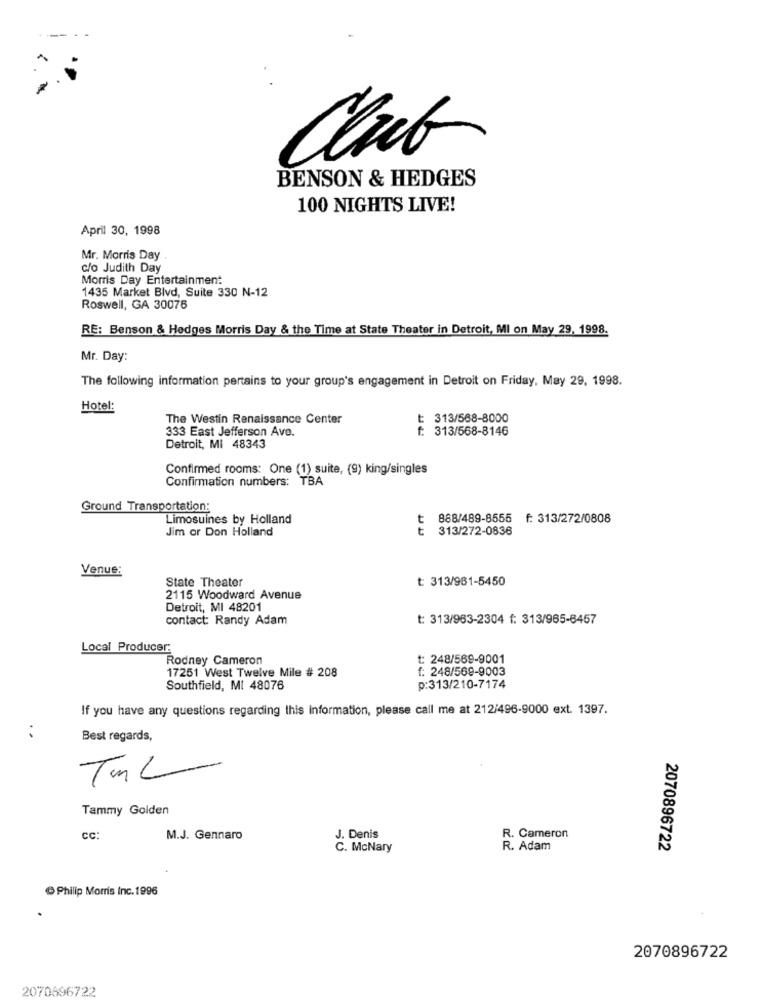
Club
BENSON & HEDGES
100 NIGHTS LIVE!
April 30, 1998
Mr. Morris Day
c/o Judith Day
Morris Day Entertainment
1435 Market Blvd, Suite 330 N-12
Roswell, GA 30076
RE: Benson & Hedges Morris Day & the Time at State Theater in Detroit, MI on May 29, 1998.
Mr. Day:
The following information pertains to your group's engagement in Detroit on Friday, May 29, 1998.
Hotel:
The Westin Renaissance Center
313/568-8000
333 East Jefferson Ave.
: 313/568-8146
Detroit, MI 48343
Confirmed rooms: One (1) suite, (9) king/singles
Confirmation numbers: TBA
Ground Transportation:
Limosuines by Holland
t
888/489-8555 f: 313/272/0808
Jim or Don Holland
t
313/272-0836
Venue:
State Theater
t: 313/981-5450
2115 Woodward Avenue
Detroit, MI 48201
contact: Randy Adam
t: 313/963-2304 f: 313/965-6457
Local Producer:
Rodney Cameron
t: 248/569-9001
f: 248/569-9003
17251 West Twelve Mile # 208
Southfield, MI 48076
p:313/210-7174
If you have any questions regarding this information, please call me at 212/496-9000 ext. 1397.
Best regards,
TML
Tammy Golden
CC:
M.J. Gennaro
J. Denis
R. Cameron
C. McNary
R. Adam
2070896722
Philip Morris Inc. 1996
2070896722
2070696722